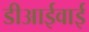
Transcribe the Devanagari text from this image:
डीआईवाई